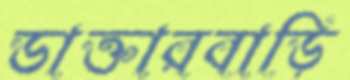
ডাক্তারবাড়ি